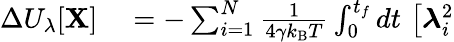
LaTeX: \begin{array}{rl}{\Delta U_{\lambda}[\mathbf{X}]}&{{}=-\sum_{i=1}^{N}\frac{1}{4\gamma k_{\mathrm{B}}T}\int_{0}^{t_{f}}dt\, \left[\boldsymbol{\lambda}_{i}^{2}\right.}\end{array}